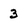
Character: 3